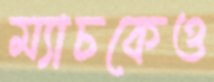
ম্যাচকেও